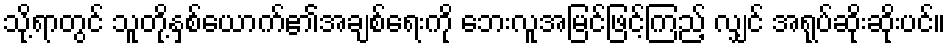
သို့ရာတွင် သူတို့နှစ်ယောက်၏အချစ်ရေးကို ဘေးလူအမြင်ဖြင့်ကြည့် လျှင် အရုပ်ဆိုးဆိုးပင်။